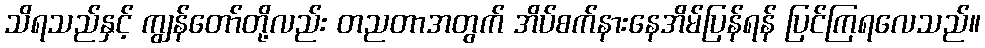
သိရသည်နှင့် ကျွန်တော်တို့လည်း တညတာအတွက် အိပ်စက်နားနေအိမ်ပြန်ရန် ပြင်ကြရလေသည်။